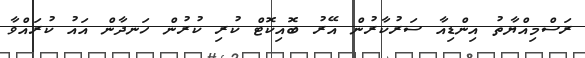
ރަސްމިއްޔާތު އިންޑިއާ ސަރުކާރުން އޭރު ބޮއިކޮޓް ކުރި ކުރުން ހަނދާން އައު ކުރައްވާ